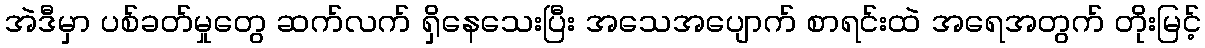
အဲဒီမှာ ပစ်ခတ်မှုတွေ ဆက်လက် ရှိနေသေးပြီး အသေအပျောက် စာရင်းထဲ အရေအတွက် တိုးမြင့်